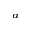
^ a